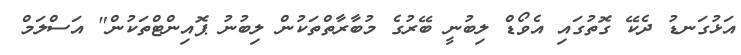
އަޅުގަނޑު ދެކޭ ގޮތުގައި އެވޯޑް ލިބުނީ ބޭރުގެ މުބާރާތްތަކުން ލިބުނު ޕޮއިންޓްތަކުން" އަސްލަމް